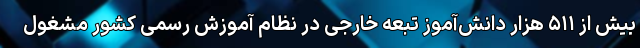
بیش از ۵۱۱ هزار دانش‌آموز تبعه خارجی در نظام آموزش رسمی کشور مشغول